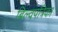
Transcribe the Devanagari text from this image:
बिल्वपत्रिका